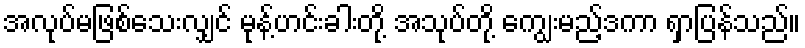
အလုပ်မဖြစ်သေးလျှင် မုန့်ဟင်းခါးတို့ အသုပ်တို့ ကျွေးမည့်ဒကာ ရှာပြန်သည်။